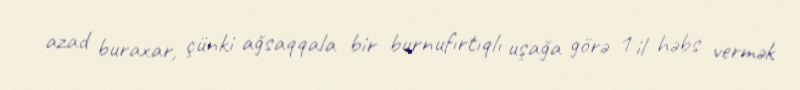
azad buraxar, çünki ağsaqqala bir burnufırtıqlı uşağa görə 1 il həbs vermək